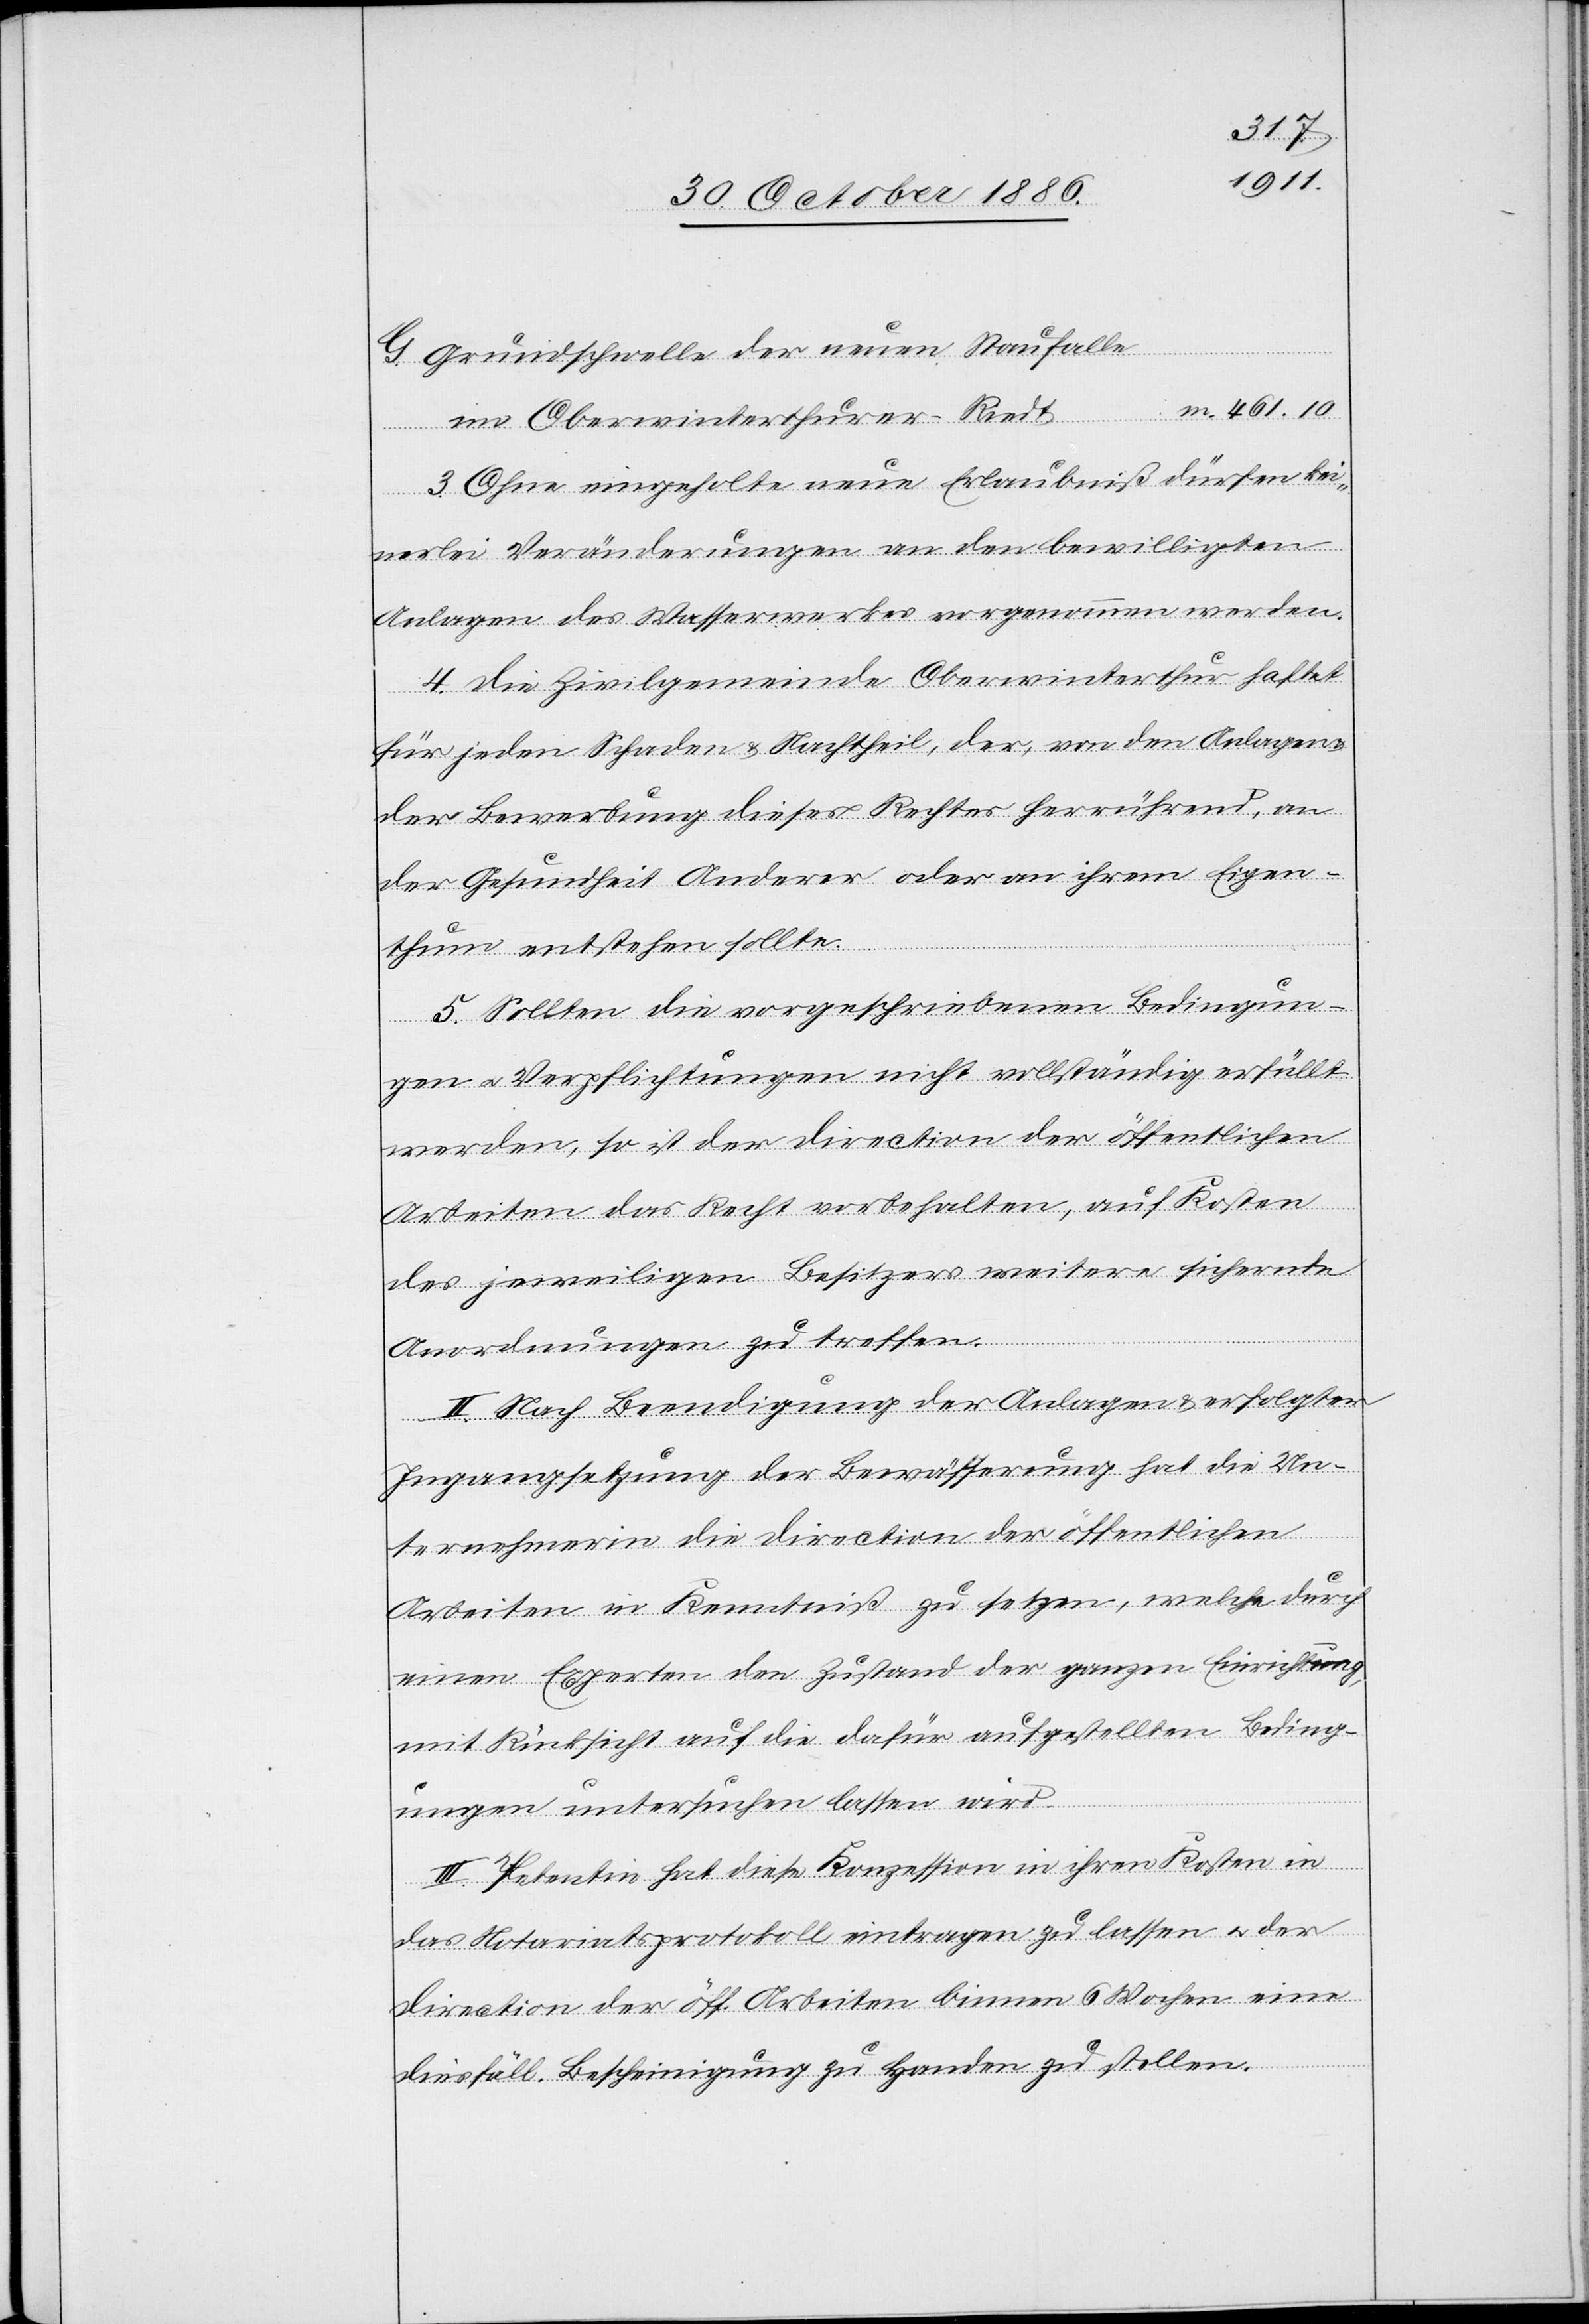
Grundschwelle der neuen Staufalle
im Oberwinterthurer-Riedt
m.
3. Ohne eingeholte neue Erlaubniß dürfen kei¬
nerlei Veränderungen an den bewilligten
Anlagen des Wasserwerkes vorgenommen werden.
4. Die Zivilgemeinde Oberwinterthur haftet
für jeden Schaden & Nachtheil, der, von den Anlagen
der Bewerbung dieses Rechtes herrührend, an
der Gesundheit Anderer oder an ihrem Eigen¬
thum entstehen sollte.
5. Sollten die vorgeschriebenen Bedingun¬
gen & Verpflichtungen nicht vollständig erfüllt
werden, so ist der Direction der öffentlichen
Arbeiten das Recht vorbehalten, auf Kosten
des jeweiligen Besitzers weitere sichernde
Anordnungen zu treffen.
II. Nach Beendigung der Anlagen & erfolgter
Ingangsetzung der Bewässerung hat die Un¬
ternehmerin die Direction der öffentlichen
Arbeiten in Kenntniß zu setzen, welche durch
einen Experten den Zustand der ganzen Einrichtung,
mit Rücksicht auf die dafür aufgestellten Beding¬
G.
ungen untersuchen lassen wird.
III. Petentin hat diese Konzession in ihren Kosten in
das Notariatsprotokoll eintragen zu lassen & der
Direction der öff. Arbeiten binnen 6 Wochen eine
diesfäll. Bescheinigung zu Handen zu stellen.